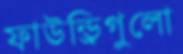
ফাউন্ড্রিগুলো